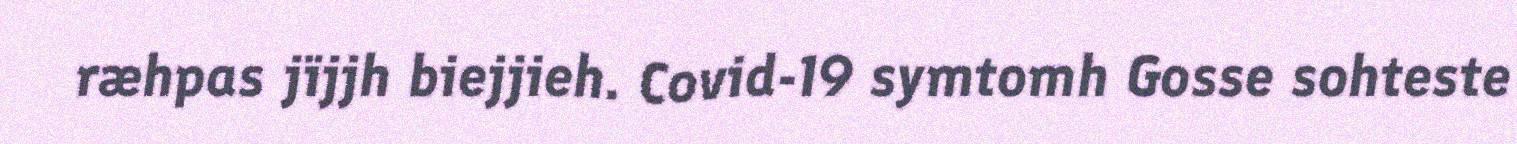
ræhpas jïjjh biejjieh. Covid-19 symtomh Gosse sohteste